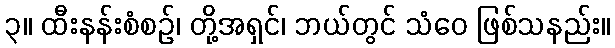
၃။ ထီးနန်းစံစဉ်၊ တို့အရှင်၊ ဘယ်တွင် သံဝေ ဖြစ်သနည်း။